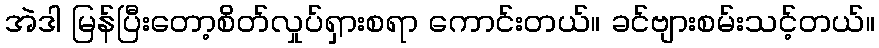
အဲဒါ မြန်ပြီးတော့စိတ်လှုပ်ရှားစရာ ကောင်းတယ်။ ခင်ဗျားစမ်းသင့်တယ်။